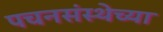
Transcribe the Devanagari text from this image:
पचनसंस्थेच्या